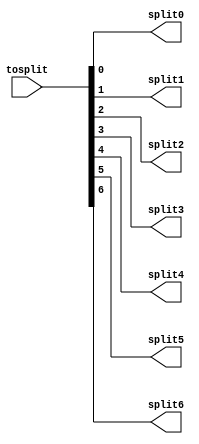
module split7b(
    input [6:0] tosplit,
    output split0,
    output split1,
    output split2,
    output split3,
    output split4,
    output split5,
    output split6
    );
    assign split0 = tosplit[0];
    assign split1 = tosplit[1];
    assign split2 = tosplit[2];
    assign split3 = tosplit[3];
    assign split4 = tosplit[4];
    assign split5 = tosplit[5];
    assign split6 = tosplit[6];
endmodule